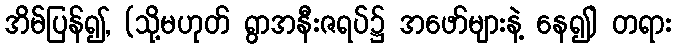
အိမ်ပြန်၍, (သို့မဟုတ် ရွာအနီးဇရပ်၌ အဖော်များနဲ့ နေ၍) တရား